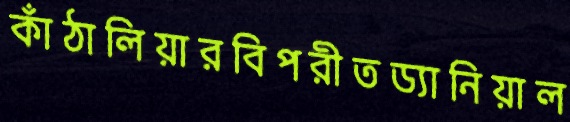
কাঁঠালিয়ারবিপরীতড্যানিয়াল